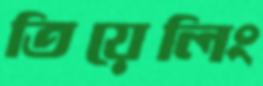
তিয়েলিং